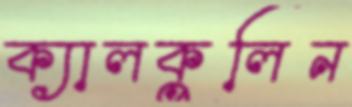
ক্যালকুলিন